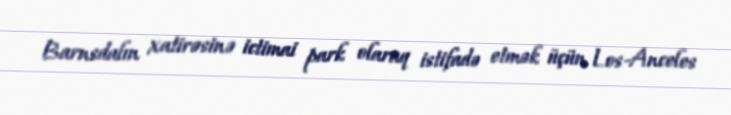
Barnsdalın xatirəsinə ictimai park olaraq istifadə etmək üçün Los-Anceles